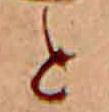
と